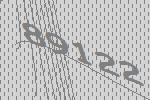
89122